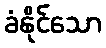
ခံနိုင်သော